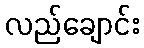
လည်ချောင်း